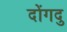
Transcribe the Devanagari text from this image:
दोंगदु